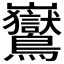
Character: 𪈡